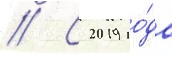
// С 2019 го́да